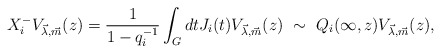
\begin{align*}X^-_i V_{\vec{\lambda},\vec{ m}}(z) = \frac{1}{1-q^{-1}_i}\int_{G} dtJ_i(t) V_{\vec{\lambda},\vec{ m}}(z)~\sim~Q_i(\infty,z) V_{\vec{\lambda},\vec{ m}}(z),\end{align*}